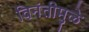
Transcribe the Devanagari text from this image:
विनंतीमुळे